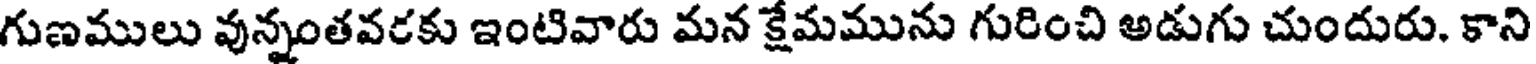
గుణములు వున్నంతవరకు ఇంటివారు మన క్షేమమును గురించి అడుగు చుందురు. కాని